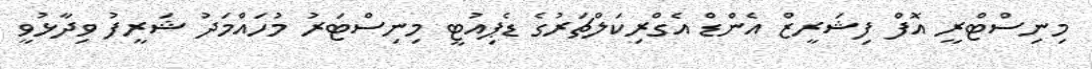
މިނިސްޓްރީ އޮފް ފިޝަރީޒް އެންޑް އެގްރިކަލްޗަރުގެ ޑެޕިއުޓީ މިނިސްޓަރު މުހައްމަދު ޝަރީފު ވިދާޅުވީ